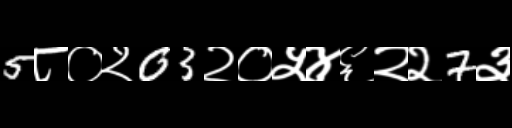
Text: 5८०२03२०५४६२२7३